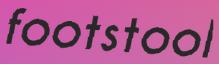
footstool